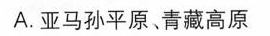
A.亚马孙平原、青藏高原